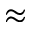
\approx